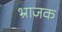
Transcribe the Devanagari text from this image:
भ्राजक